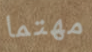
مهتما